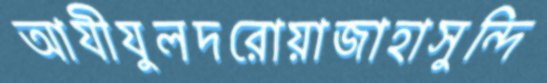
আযীযুলদরোয়াজাহাসুন্দি